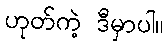
ဟုတ်ကဲ့ ဒီမှာပါ။